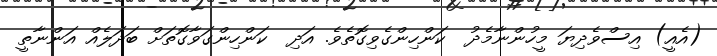
(އެއީ) އިސްވެދިޔަ މީހުންނާމެދު  ކަންހިންގެވިގޮތެވެ. އަދި  ކަންހިންގަވާގޮތަށް ބަދަލެއް އަންނާތީ